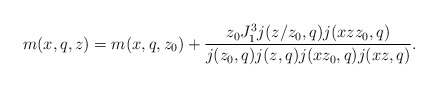
\begin{align*} m(x, q, z) = m(x, q, z_0) + \frac{z_0 J_1^3 j(z / z_{0}, q) j(x z z_{0}, q)}{j(z_0, q) j(z, q) j(xz_0, q) j(xz, q)}.\end{align*}